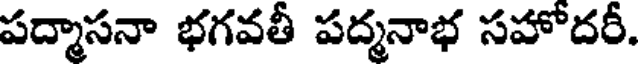
పద్మాసనా భగవతీ పద్మనాభ సహోదరీ.